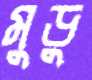
মুডু